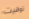
توقيت